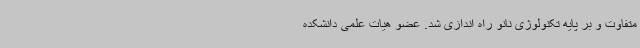
متفاوت و بر پایه تکنولوژی نانو راه اندازی شد. عضو هیات علمی دانشکده